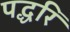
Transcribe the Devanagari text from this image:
पद्धरि